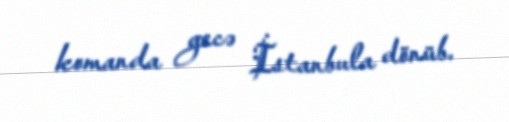
komanda gecə İstanbula dönüb.